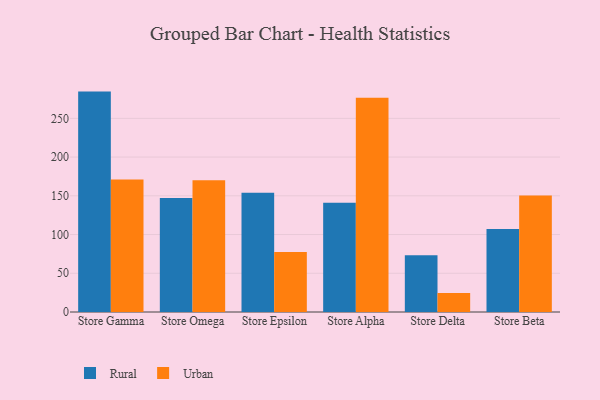
{"axis": {"x": "Store", "y": "Gross Profit (USD K)"}, "legend": ["Rural", "Urban"], "data": [{"x": "Store Gamma", "y": 284.5, "type": "Rural"}, {"x": "Store Gamma", "y": 171.1, "type": "Urban"}, {"x": "Store Omega", "y": 147.1, "type": "Rural"}, {"x": "Store Omega", "y": 170.2, "type": "Urban"}, {"x": "Store Epsilon", "y": 153.9, "type": "Rural"}, {"x": "Store Epsilon", "y": 77.6, "type": "Urban"}, {"x": "Store Alpha", "y": 141.1, "type": "Rural"}, {"x": "Store Alpha", "y": 276.5, "type": "Urban"}, {"x": "Store Delta", "y": 73.1, "type": "Rural"}, {"x": "Store Delta", "y": 24.6, "type": "Urban"}, {"x": "Store Beta", "y": 107.0, "type": "Rural"}, {"x": "Store Beta", "y": 150.3, "type": "Urban"}]}